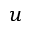
u